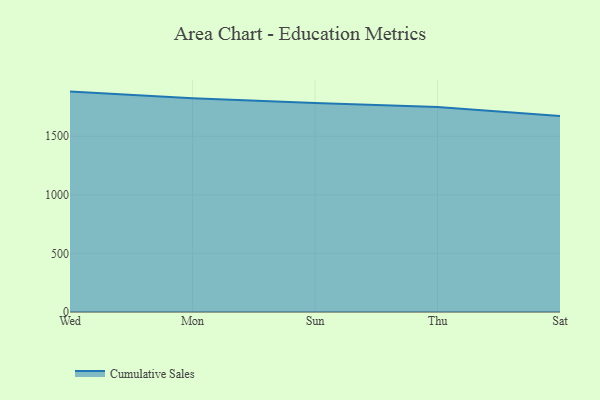
{"axis": {"x": "Day", "y": "Budget (USD K)"}, "legend": ["Cumulative Sales"], "data": [{"x": "Wed", "y": 1881.0, "type": "Cumulative Sales"}, {"x": "Mon", "y": 1824.1, "type": "Cumulative Sales"}, {"x": "Sun", "y": 1783.7, "type": "Cumulative Sales"}, {"x": "Thu", "y": 1750.6, "type": "Cumulative Sales"}, {"x": "Sat", "y": 1672.1, "type": "Cumulative Sales"}]}